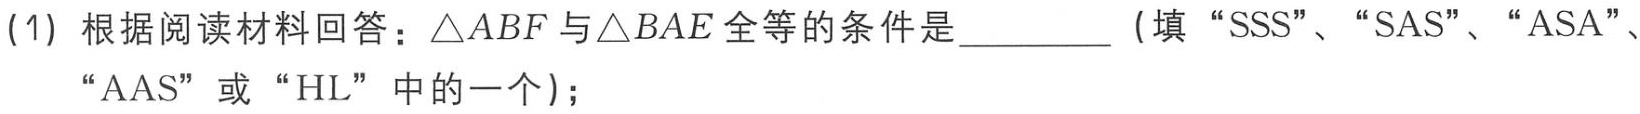
(1) 根据阅读材料回答：\(\triangle ABF\)与\(\triangle BAE\)全等的条件是_________（填“SSS”、“SAS”、“ASA”、“AAS” 或 “HL” 中的一个）；